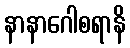
နာနာဂေါစရာနိ